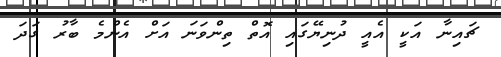
ޗައިނާ އަކީ އެއީ ދުނިޔޭގައި އޮތް ތިންވަނަ އަށް އެންމެ ބާރު ގަދަ